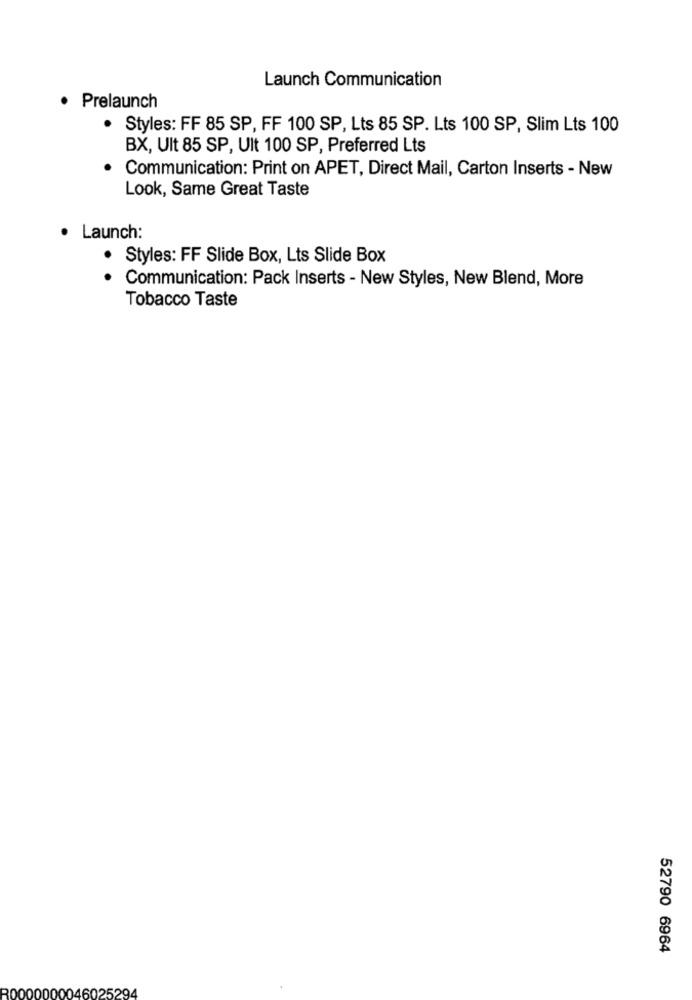
Launch Communication
· Prelaunch
.
Styles: FF 85 SP, FF 100 SP, Lts 85 SP. Lts 100 SP, Slim Lts 100
BX, Ult 85 SP, Ult 100 SP, Preferred Lts
Communication: Print on APET, Direct Mail, Carton Inserts - New
Look, Same Great Taste
· Launch:
. Styles: FF Slide Box, Lts Slide Box
Communication: Pack Inserts - New Styles, New Blend, More
Tobacco Taste
52790 6964
300